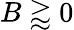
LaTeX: B\gtrapprox 0